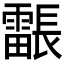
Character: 𮦳